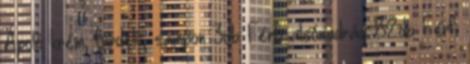
Ápoló krém, fürdető, sampon 3db Férfi alsónadrág 82db Férfi